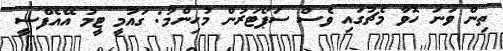
ތިން ވަނަ ހޮވާ މެޗުގައި ވެސް ސަޕޯޓަރުން މުހިންމު: ގައުމީ ޓީމު އޭއެފްސީ